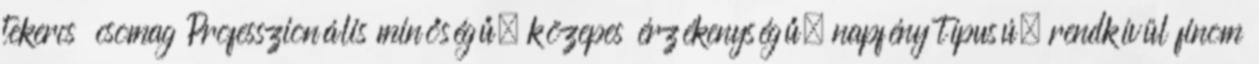
tekercs csomag Professzionális minőségű, közepes érzékenységű, napfény típusú, rendkívül finom